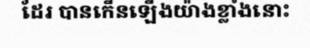
ដែរ បានកើនឡើងយ៉ាងខ្លាំងនោះ